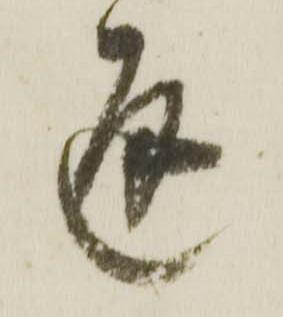
通